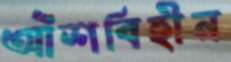
আঁশবিহীন